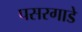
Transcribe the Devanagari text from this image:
पसरगाडे